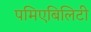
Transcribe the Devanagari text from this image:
पमिएबिलिटी